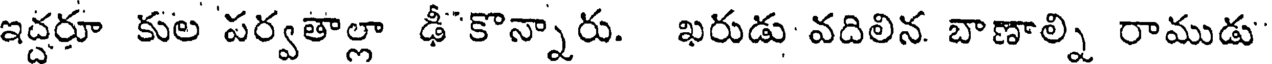
ఇద్దరూ కుల పర్వతాల్లా ఢీకొన్నారు. ఖరుడు వదిలిన బాణాల్ని రాముడు